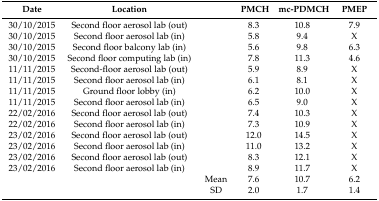
| Date | Location |  | PMCH | mc-PDMCH | PMEP |
 | --- | --- | --- | --- | --- | --- |
 | 30/10/2015 | Second floor aerosol lab (out) |  | 8.3 | 10.8 | 7.9 |
 | 30/10/2015 | Second floor aerosol lab (in) |  | 5.8 | 9.4 | X |
 | 30/10/2015 | Second floor balcony lab (in) |  | 5.6 | 9.8 | 6.3 |
 | 30/10/2015 | Second floor computing lab (in) |  | 7.8 | 11.3 | 4.6 |
 | 11/11/2015 | Second-floor aerosol lab (out) |  | 5.9 | 8.9 | X |
 | 11/11/2015 | Second floor aerosol lab (in) |  | 6.1 | 8.1 | X |
 | 11/11/2015 | Ground floor lobby (in) |  | 6.2 | 10.0 | X |
 | 11/11/2015 | Second floor aerosol lab (in) |  | 6.5 | 9.0 | X |
 | 22/02/2016 | Second floor aerosol lab (out) |  | 7.4 | 10.3 | X |
 | 22/02/2016 | Second floor aerosol lab (in) |  | 7.3 | 10.9 | X |
 | 23/02/2016 | Second floor aerosol lab (out) |  | 12.0 | 14.5 | X |
 | 23/02/2016 | Second floor aerosol lab (in) |  | 11.0 | 13.2 | X |
 | 23/02/2016 | Second floor aerosol lab (out) |  | 8.3 | 12.1 | X |
 | 23/02/2016 | Second floor aerosol lab (in) |  | 8.9 | 11.7 | X |
 |  |  | Mean | 7.6 | 10.7 | 6.2 |
 |  |  | SD | 2.0 | 1.7 | 1.4 |